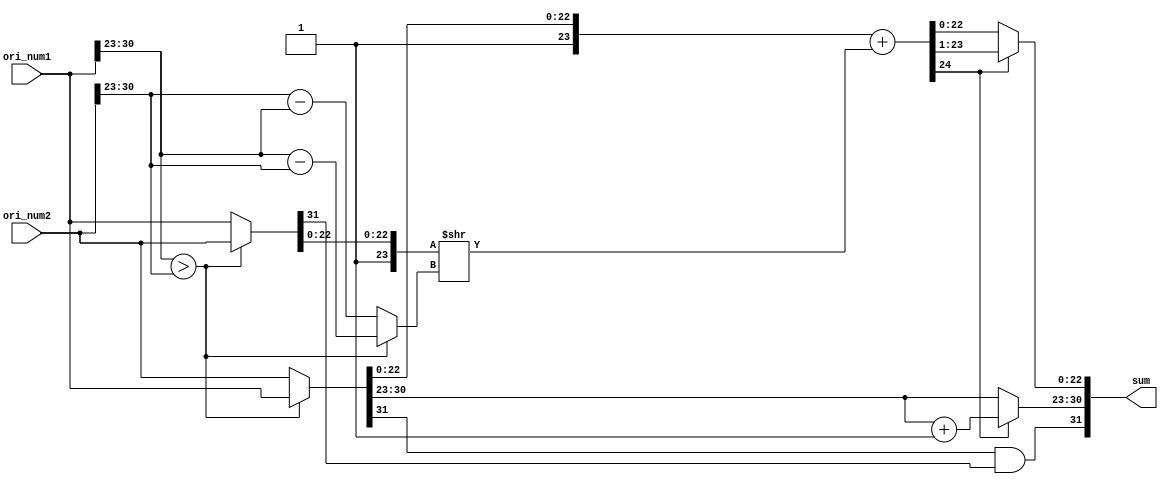
`timescale 1ns / 1ps
//////////////////////////////////////////////////////////////////////////////////
// Company: 
// Engineer: 
// 
// Design Name: 
// Module Name: float
// Project Name: 
// Target Devices: 
// Tool Versions: 
// Description: 
// 
// Dependencies: 
// 
// Revision:
// Revision 0.01 - File Created
// Additional Comments:
// 
//////////////////////////////////////////////////////////////////////////////////


module float(
	input [31:0] ori_num1,
	input [31:0] ori_num2,
	output [31:0] sum
    );
	
	wire [31:0] ori_exp1, ori_exp2;
	wire sign1, sign2;
	wire [7:0] exp1, exp2;
	wire [24:0] frac1, frac2, f1;
	reg [24:0] f2;
	reg [7:0] diff;	// |exp1 - exp2|
	reg [31:0] num1, num2;
	reg [7:0] final_exp;
	reg [22:0] final_frac;
	reg final_sig;

	// get exp of each number
	assign ori_exp1 = ori_num1[30:23];
	assign ori_exp2 = ori_num2[30:23];

	// ensure num1 > num2
	always @(*) begin
		if (ori_exp1 > ori_exp2) begin
			diff[7:0] = ori_exp1[7:0] - ori_exp2[7:0];
			num1[31:0] = ori_num1[31:0];
			num2[31:0] = ori_num2[31:0];
		end
		else begin
			diff[7:0] = ori_exp2[7:0] - ori_exp1[7:0];
			num1[31:0] = ori_num2[31:0];
			num2[31:0] = ori_num1[31:0];
		end
	end

	// partition the float numbers
	assign sign1 = num1[31];
	assign exp1 = num1[30:23];
	assign frac1 = {2'b01, num1[22:0]};
	assign sign2 = num2[31];
	assign exp2 = num2[30:23];
	assign frac2 = {2'b01, num2[22:0]};

	assign f1 = frac1 + (frac2 >> diff);
	always @(*) begin
		if (f1[24] == 1) begin
			final_exp[7:0] = exp1[7:0] + 1;
			f2[24:0] = f1[24:0] >> 1;
		end
		else begin
			final_exp[7:0] = exp1[7:0];
			f2[24:0] = f1[24:0];
		end
	end

	always @(f2) begin
		final_frac = f2[22:0];
	end

	always @(sign1 or sign2) begin
		final_sig =  sign1 & sign2;
	end

	assign sum = {final_sig, final_exp, final_frac};

endmodule